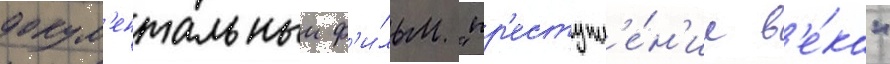
докум'ентальныи ф'и́льм "пр'еступл'е́н'ие в'е́ка"